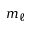
m _ { \ell }